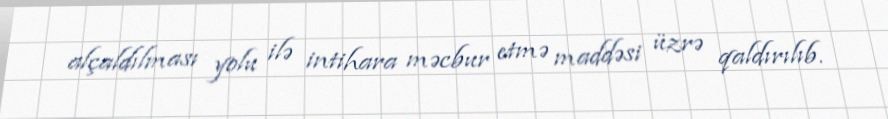
alçaldılması yolu ilə intihara məcbur etmə maddəsi üzrə qaldırılıb.